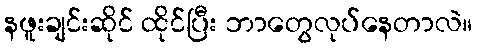
နဖူးချင်းဆိုင် ထိုင်ပြီး ဘာတွေလုပ်နေတာလဲ။